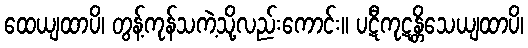
ထေယျထာပိ၊ တွန့်ကုန်သကဲ့သို့လည်းကောင်း။ ပဋီကုဋန္တိသေယျထာပိ၊